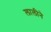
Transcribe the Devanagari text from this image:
लालीने